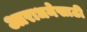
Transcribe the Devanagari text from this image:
आराधनेसाठी